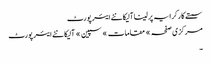
سستے کار کرایہ پر لینا آلیکانٹے ایئر پورٹ
مرکزی صفحہ » مقامات » سپین » آلیکانٹے ایئر پورٹ
۔